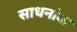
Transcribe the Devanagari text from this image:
साधनांक